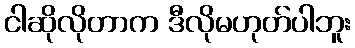
ငါဆိုလိုတာက ဒီလိုမဟုတ်ပါဘူး